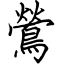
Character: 鶯